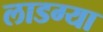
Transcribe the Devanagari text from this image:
लाडग्या